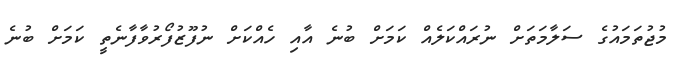
މުޖުތަމައުގެ ސަލާމަތަށް ނުރައްކަލެއް ކަމަށް ބުނެ އާއި ހެއްކަށް ނުފޫޒުފޯރުވާފާނެތީ ކަމަށް ބުނެ